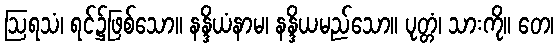
ဩရသံ၊ ရင်၌ဖြစ်သော။ နန္ဒိယံနာမ၊ နန္ဒိယမည်သော။ ပုတ္တံ၊ သားကို။ တေ၊